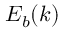
E _ { b } ( k )